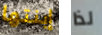
إبنتها لذا